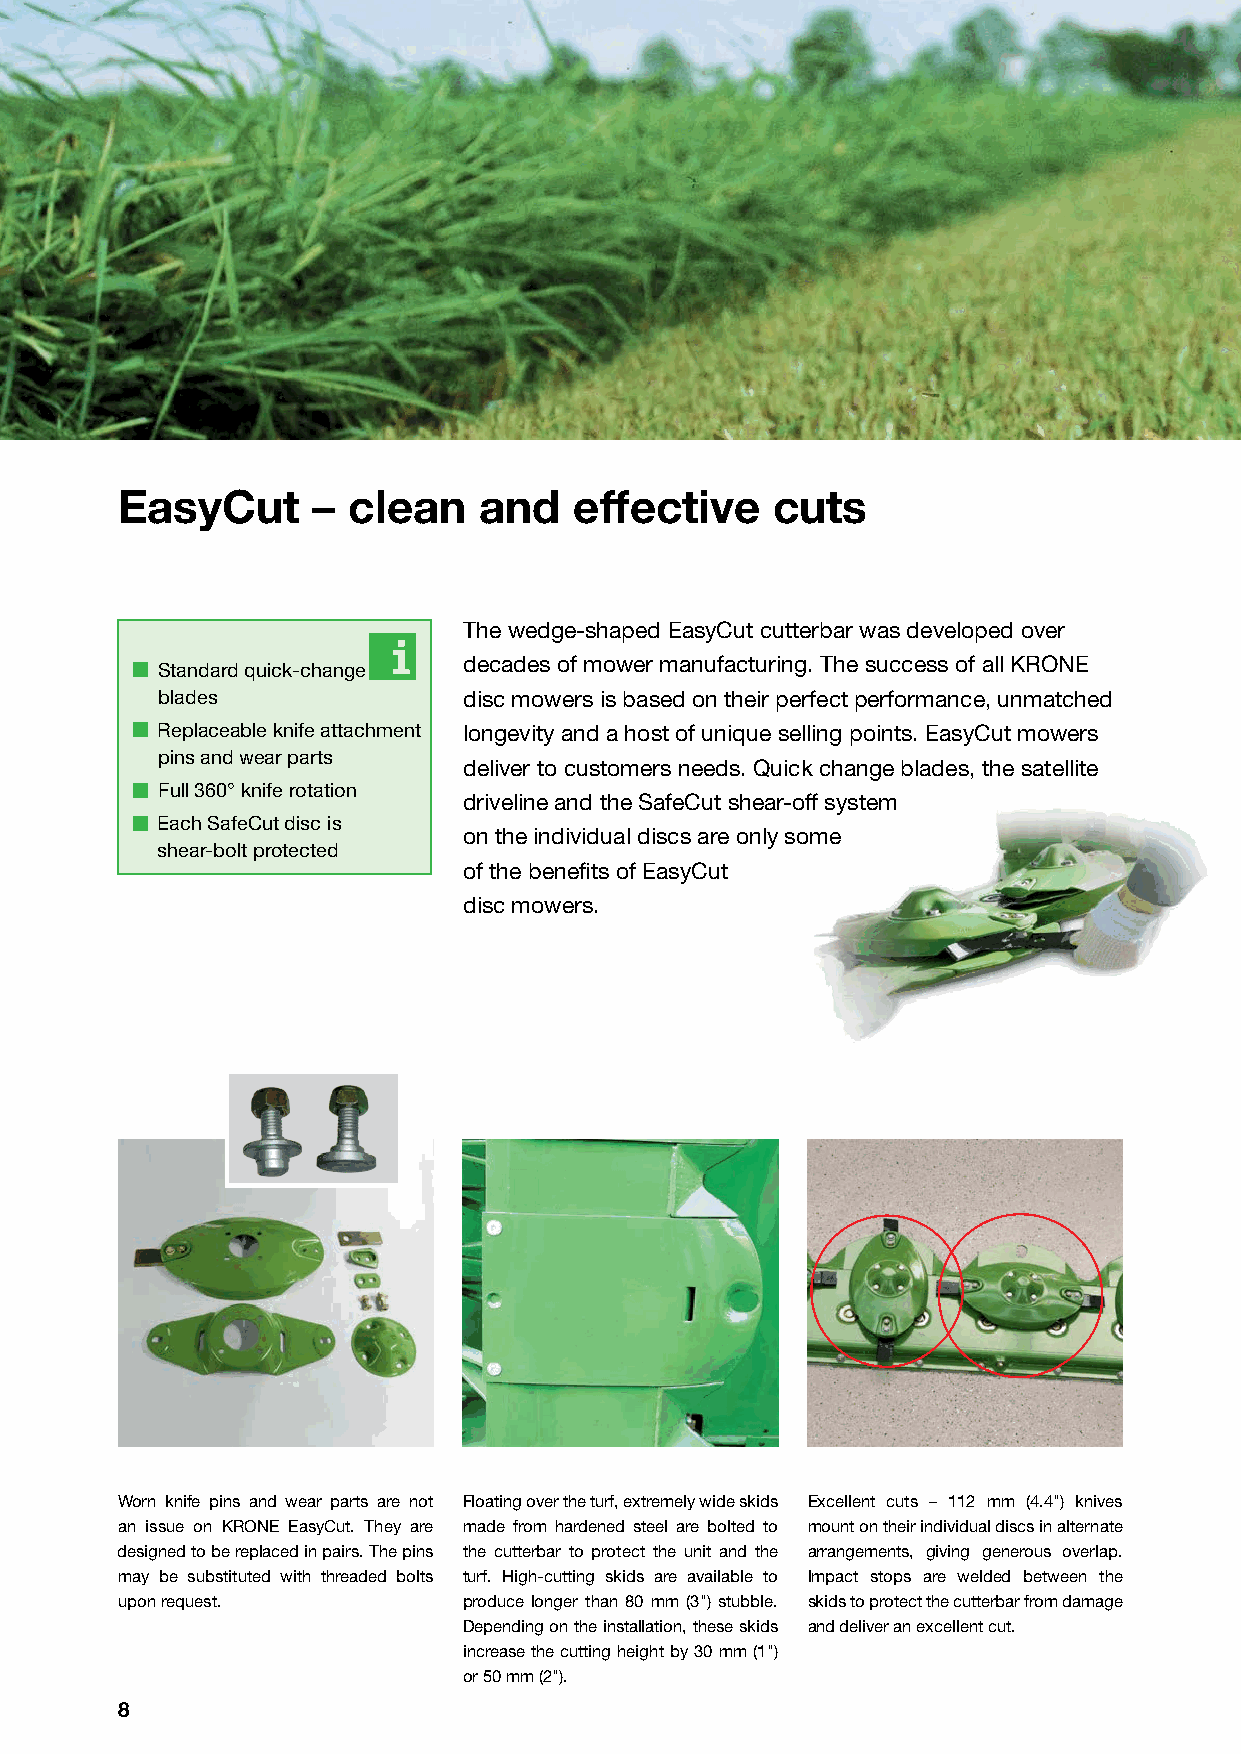
EasyCut      – clean    and   effective    cuts
 The wedge-shaped EasyCut cutterbar was developed over
 decades of mower manufacturing. The success of all KRONE
 Standard quick-change
 blades              disc mowers is based on their perfect performance, unmatched
 Replaceable knife attachment longevity and a host of unique selling points. EasyCut mowers
 pins and wear parts
 deliver to customers needs. Quick change blades, the satellite
 Full 360° knife rotation
 driveline and the SafeCut shear-off system
 Each SafeCut disc is
 on the individual discs are only some
 shear-bolt protected
 of the benefits of EasyCut
 disc mowers.
 Worn knife pins and wear parts are not Floating over the turf, extremely wide skids Excellent cuts – 112 mm (4.4") knives
 an issue on KRONE EasyCut. They are made from hardened steel are bolted to mount on their individual discs in alternate
 designed to be replaced in pairs. The pins the cutterbar to protect the unit and the arrangements, giving generous overlap.
 may be substituted with threaded bolts turf. High-cutting skids are available to Impact stops are welded between the
 upon request.          produce longer than 80 mm (3") stubble. skids to protect the cutterbar from damage
 Depending on the installation, these skids and deliver an excellent cut.
 increase the cutting height by 30 mm (1")
 or 50 mm (2").
 8